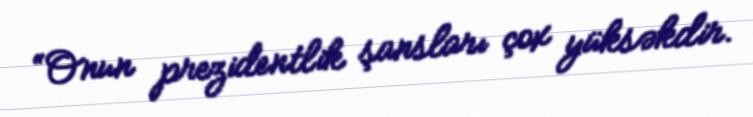
“Onun prezidentlik şansları çox yüksəkdir.